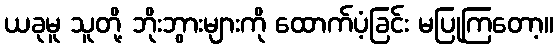
ယခုမူ သူတို့ ဘိုးဘွားများကို ထောက်ပံ့ခြင်း မပြုကြတော့။